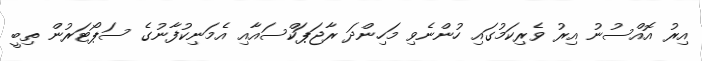
އިރު އޮއްސުނު އިރު ވެރިކަމުގައި ހުންނެވި މަހިންދަ ރާޖަޕަކްސައާއި އެމަނިކުފާނުގެ ސަޕޯޓަރުން ތިބީ